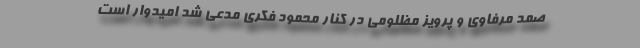
صمد مرفاوی و پرویز مظلومی در کنار محمود فکری مدعی شد امیدوار است